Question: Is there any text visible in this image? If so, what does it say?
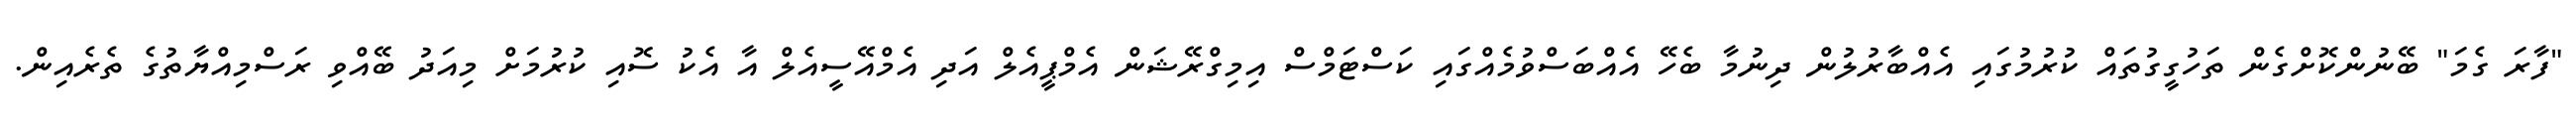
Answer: "ފާރަ ގެމަ" ބޭނުންކޮށްގެން ތަހުގީގުތައް ކުރުމުގައި އެއްބާރުލުން ދިނުމާ ބެހޭ އެއްބަސްވުމެއްގައި ކަސްޓަމްސް އިމިގްރޭޝަން އެމްޕީއެލް އަދި އެމްއޭސީއެލް އާ އެކު ސޮއި ކުރުމަށް މިއަދު ބޭއްވި ރަސްމިއްޔާތުގެ ތެރެއިން.